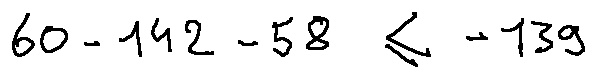
6 0 - 1 4 2 - 5 8 \leq - 1 3 9